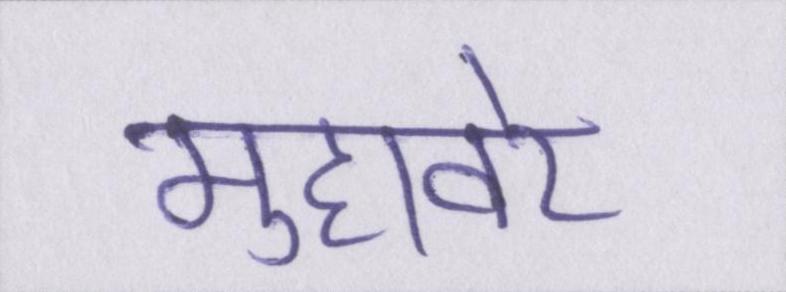
मुहावरे